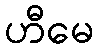
ဟီမေ